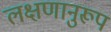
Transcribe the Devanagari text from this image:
लक्षणानुरूप